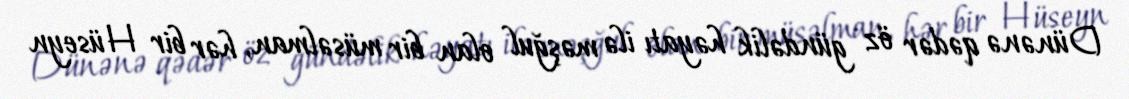
Dünənə qədər öz gündəlik həyatı ilə məşğul olan bir müsəlman, hər bir Hüseyn